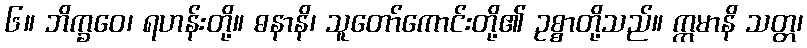
၆။ ဘိက္ခဝေ၊ ရဟန်းတို့။ ဓနာနိ၊ သူတော်ကောင်းတို့၏ ဥစ္စာတို့သည်။ ဣမာနိ သတ္တ၊